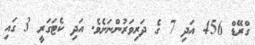
ގްރޭޑް 456 އަދި 7 ގެ ދަރިވަރުންނަށެވެ. އަދި ކެޓަގަރީ 3 ގައި